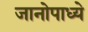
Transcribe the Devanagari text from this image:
जानोपाध्ये